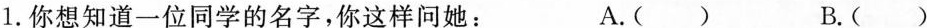
1.你想知道一位同学的名字，你这样问她： A.( ) B.( )